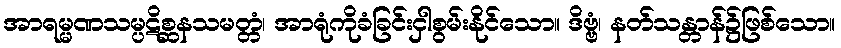
အာရမ္မဏသမ္ပဋိစ္ဆနသမတ္တံ၊ အာရုံကိုခံခြင်းငှါစွမ်းနိုင်သော။ ဒိဗ္ဗံ၊ နတ်သန္တာန်၌ဖြစ်သော။